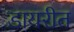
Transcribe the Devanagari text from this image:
डायरीत